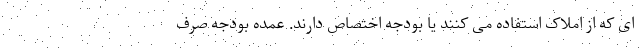
ای که از املاک استفاده می کنند یا بودجه اختصاص دارند. عمده بودجه صرف